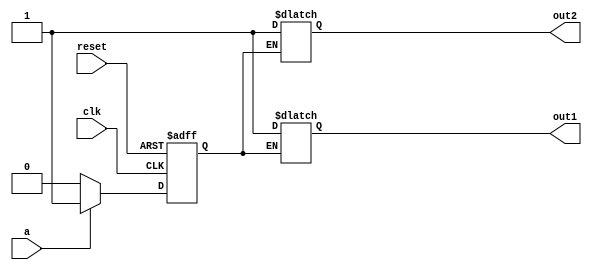
`timescale 1ns / 1ps


module FSM(input clk,reset,
input a,
output reg out1, out2);
reg state, nextstate;

//state register
always @(posedge clk, posedge reset)
if (reset)
state <= 1'b0;
else
state <= nextstate;

// next state logic
always @(*)
case (state)
1'b0: if (a) nextstate <=1'b1;
else nextstate <= 1'b0;
1'b1: if (~a) nextstate <=1'b0;
else nextstate <= 1'b1;
endcase

// output logic (combinational)
always @(*)
if (state == 0) out1 = 1'b1;
else		out2 = 1'b1;
endmodule